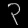
Digit: ၃